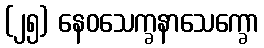
(၂၅) နေဝသေက္ခနာသေက္ခော